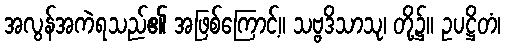
အလွန်အကဲရသည်၏ အဖြစ်ကြောင့်။ သဗ္ဗဒိသာသု၊ တို့၌။ ဥပဋ္ဌိတံ၊